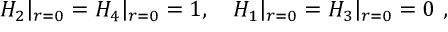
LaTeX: H _ { 2 } | _ { r = 0 } = H _ { 4 } | _ { r = 0 } = 1 , \ \ \ H _ { 1 } | _ { r = 0 } = H _ { 3 } | _ { r = 0 } = 0 \ ,